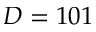
D = 1 0 1